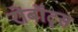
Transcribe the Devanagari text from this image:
रोबॉट्स